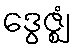
ဒွေဇ္ဈံ